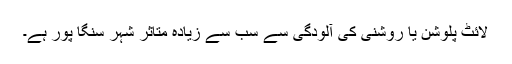
لائٹ پلوشن یا روشنی کی آلودگی سے سب سے زیادہ متاثر شہر سنگا پور ہے۔